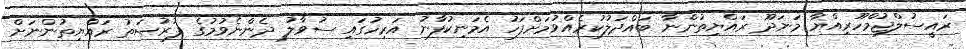
ރައީސުލްޖުމްހޫރިއްޔާ މަނަދޫ ރައްޔިތުންނާ ބައްދަލުކުރެއްވުމަށްފަހު އެމަނިކުފާނު އަރިހުގައި ސުވާލު ދެންނެވުމުގެ ފުރުޞަތު ރައްޔިތުންނަށް